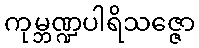
ကုမ္ဘဏ္ဍပါရိသဇ္ဇော